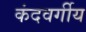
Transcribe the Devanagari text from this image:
कंदवर्गीय